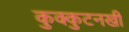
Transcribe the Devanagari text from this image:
कुक्कुटनखी